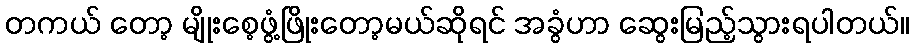
တကယ် တော့ မျိုးစေ့ဖွံ့ဖြိုးတော့မယ်ဆိုရင် အခွံဟာ ဆွေးမြည့်သွားရပါတယ်။